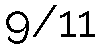
9/11